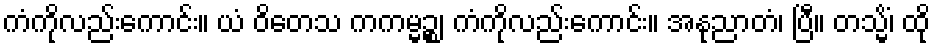
ကံကိုလည်းကောင်း။ ယံ ဝိတေသ ကကမ္မဉ္စ၊ ကံကိုလည်းကောင်း။ အနုညာတံ၊ ပြီ။ တသ္မိံ၊ ထို